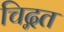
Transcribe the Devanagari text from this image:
चिद्गत